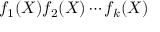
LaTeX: f _ { 1 } ( X ) f _ { 2 } ( X ) \cdots f _ { k } ( X )